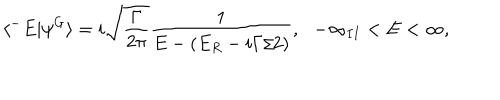
\langle ^ { - } E | \psi ^ { G } \rangle = i \sqrt { \frac { \Gamma } { 2 \pi } } \frac { 1 } { E - ( E _ { R } - i \Gamma / 2 ) } , \, \, \, \, - \infty _ { I I } < E < \infty ,